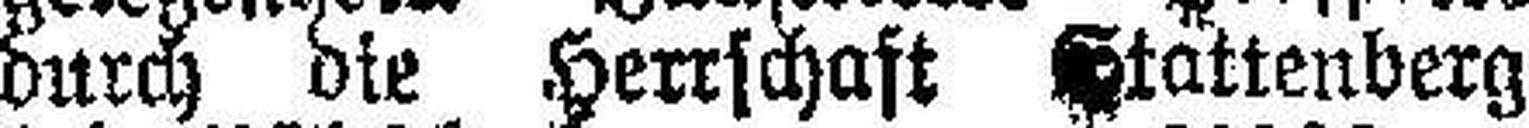
durch die Herrschaft Stattenberg